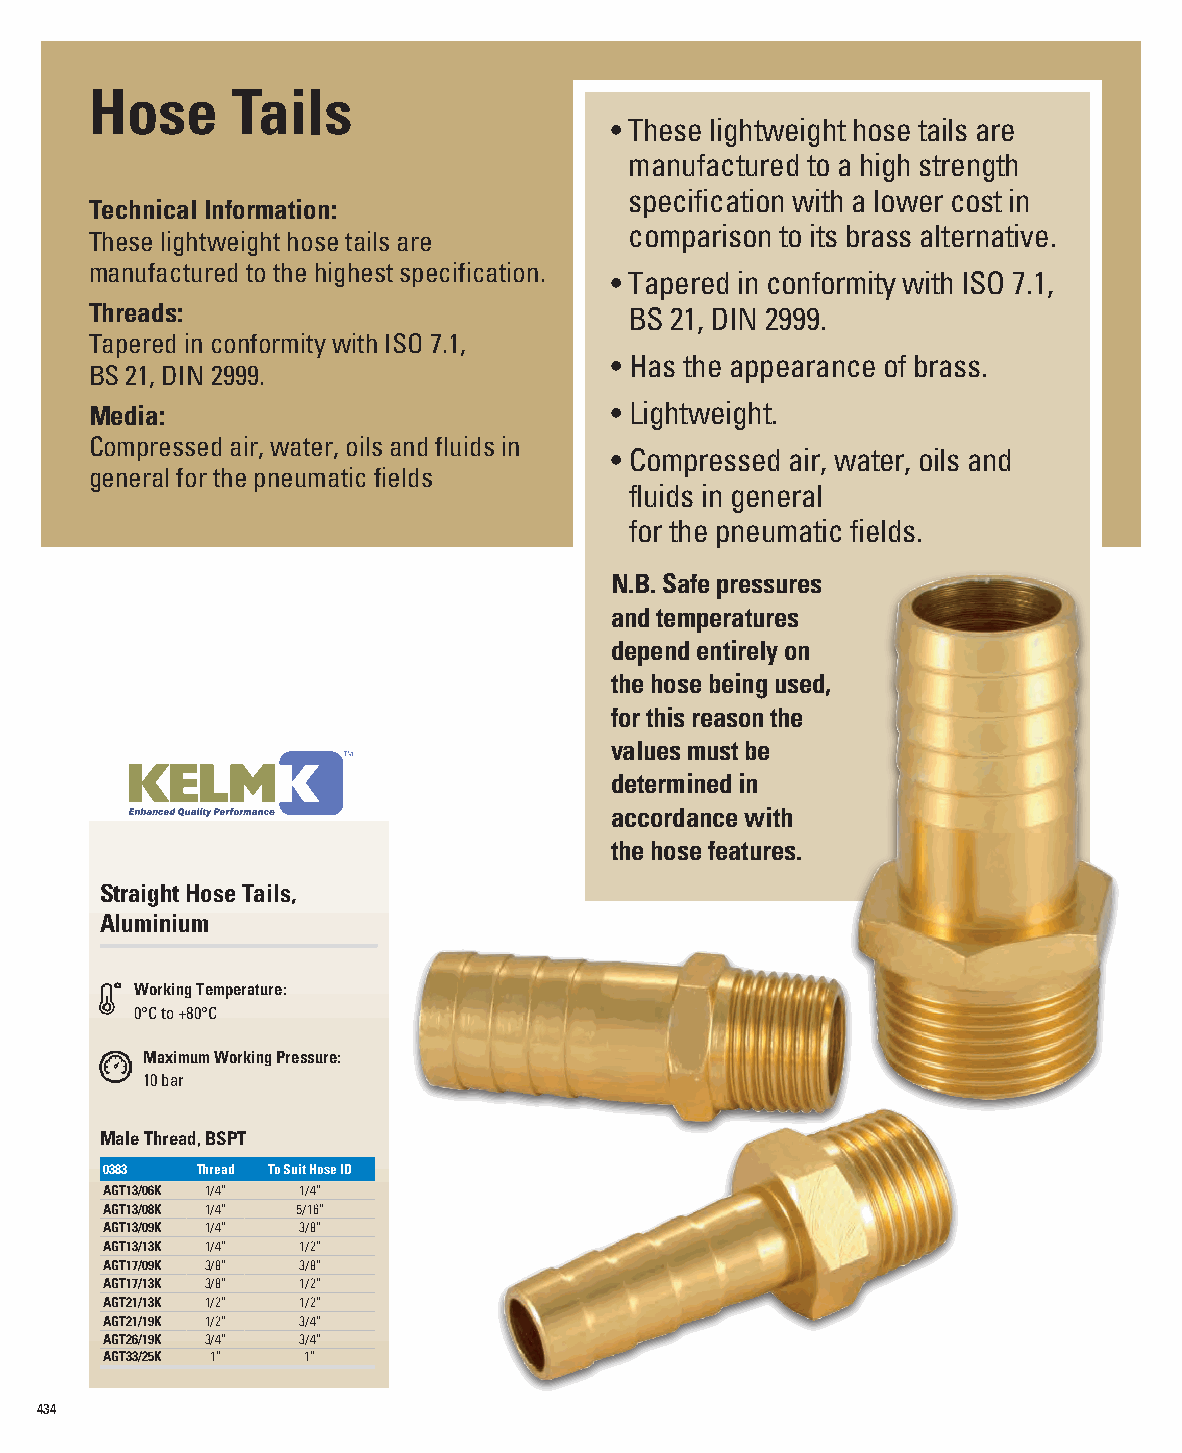
Hose     Tails
 • These lightweight hose tails are
 manufactured to a high strength
 specification with a lower cost in
 Technical Information:
 comparison to its brass alternative.
 These lightweight hose tails are
 manufactured to the highest specification.
 • Tapered in conformity with ISO 7.1,
 Threads:                            BS 21, DIN 2999.
 Tapered in conformity with ISO 7.1,
 • Has the appearance of brass.
 BS 21, DIN 2999.
 Media:                            • Lightweight.
 Compressed air, water, oils and fluids in
 • C ompressed air, water, oils and
 general for the pneumatic fields
 fluids in general
 for the pneumatic fields.
 N.B. Safe pressures
 and temperatures
 depend entirely on
 the hose being used,
 for this reason the
 values must be
 determined in
 accordance with
 the hose features.
 Straight Hose Tails,
 Aluminium
 Working Temperature:
 0°C to +80°C
 Maximum Working Pressure:
 10 bar
 Male Thread, BSPT
 0383  Thread To Suit Hose ID
 AGT13/06K 1/4” 1/4”
 AGT13/08K 1/4” 5/16”
 AGT13/09K 1/4” 3/8”
 AGT13/13K 1/4” 1/2”
 AGT17/09K 3/8” 3/8”
 AGT17/13K 3/8” 1/2”
 AGT21/13K 1/2” 1/2”
 AGT21/19K 1/2” 3/4”
 AGT26/19K 3/4” 3/4”
 AGT33/25K 1” 1”
 434